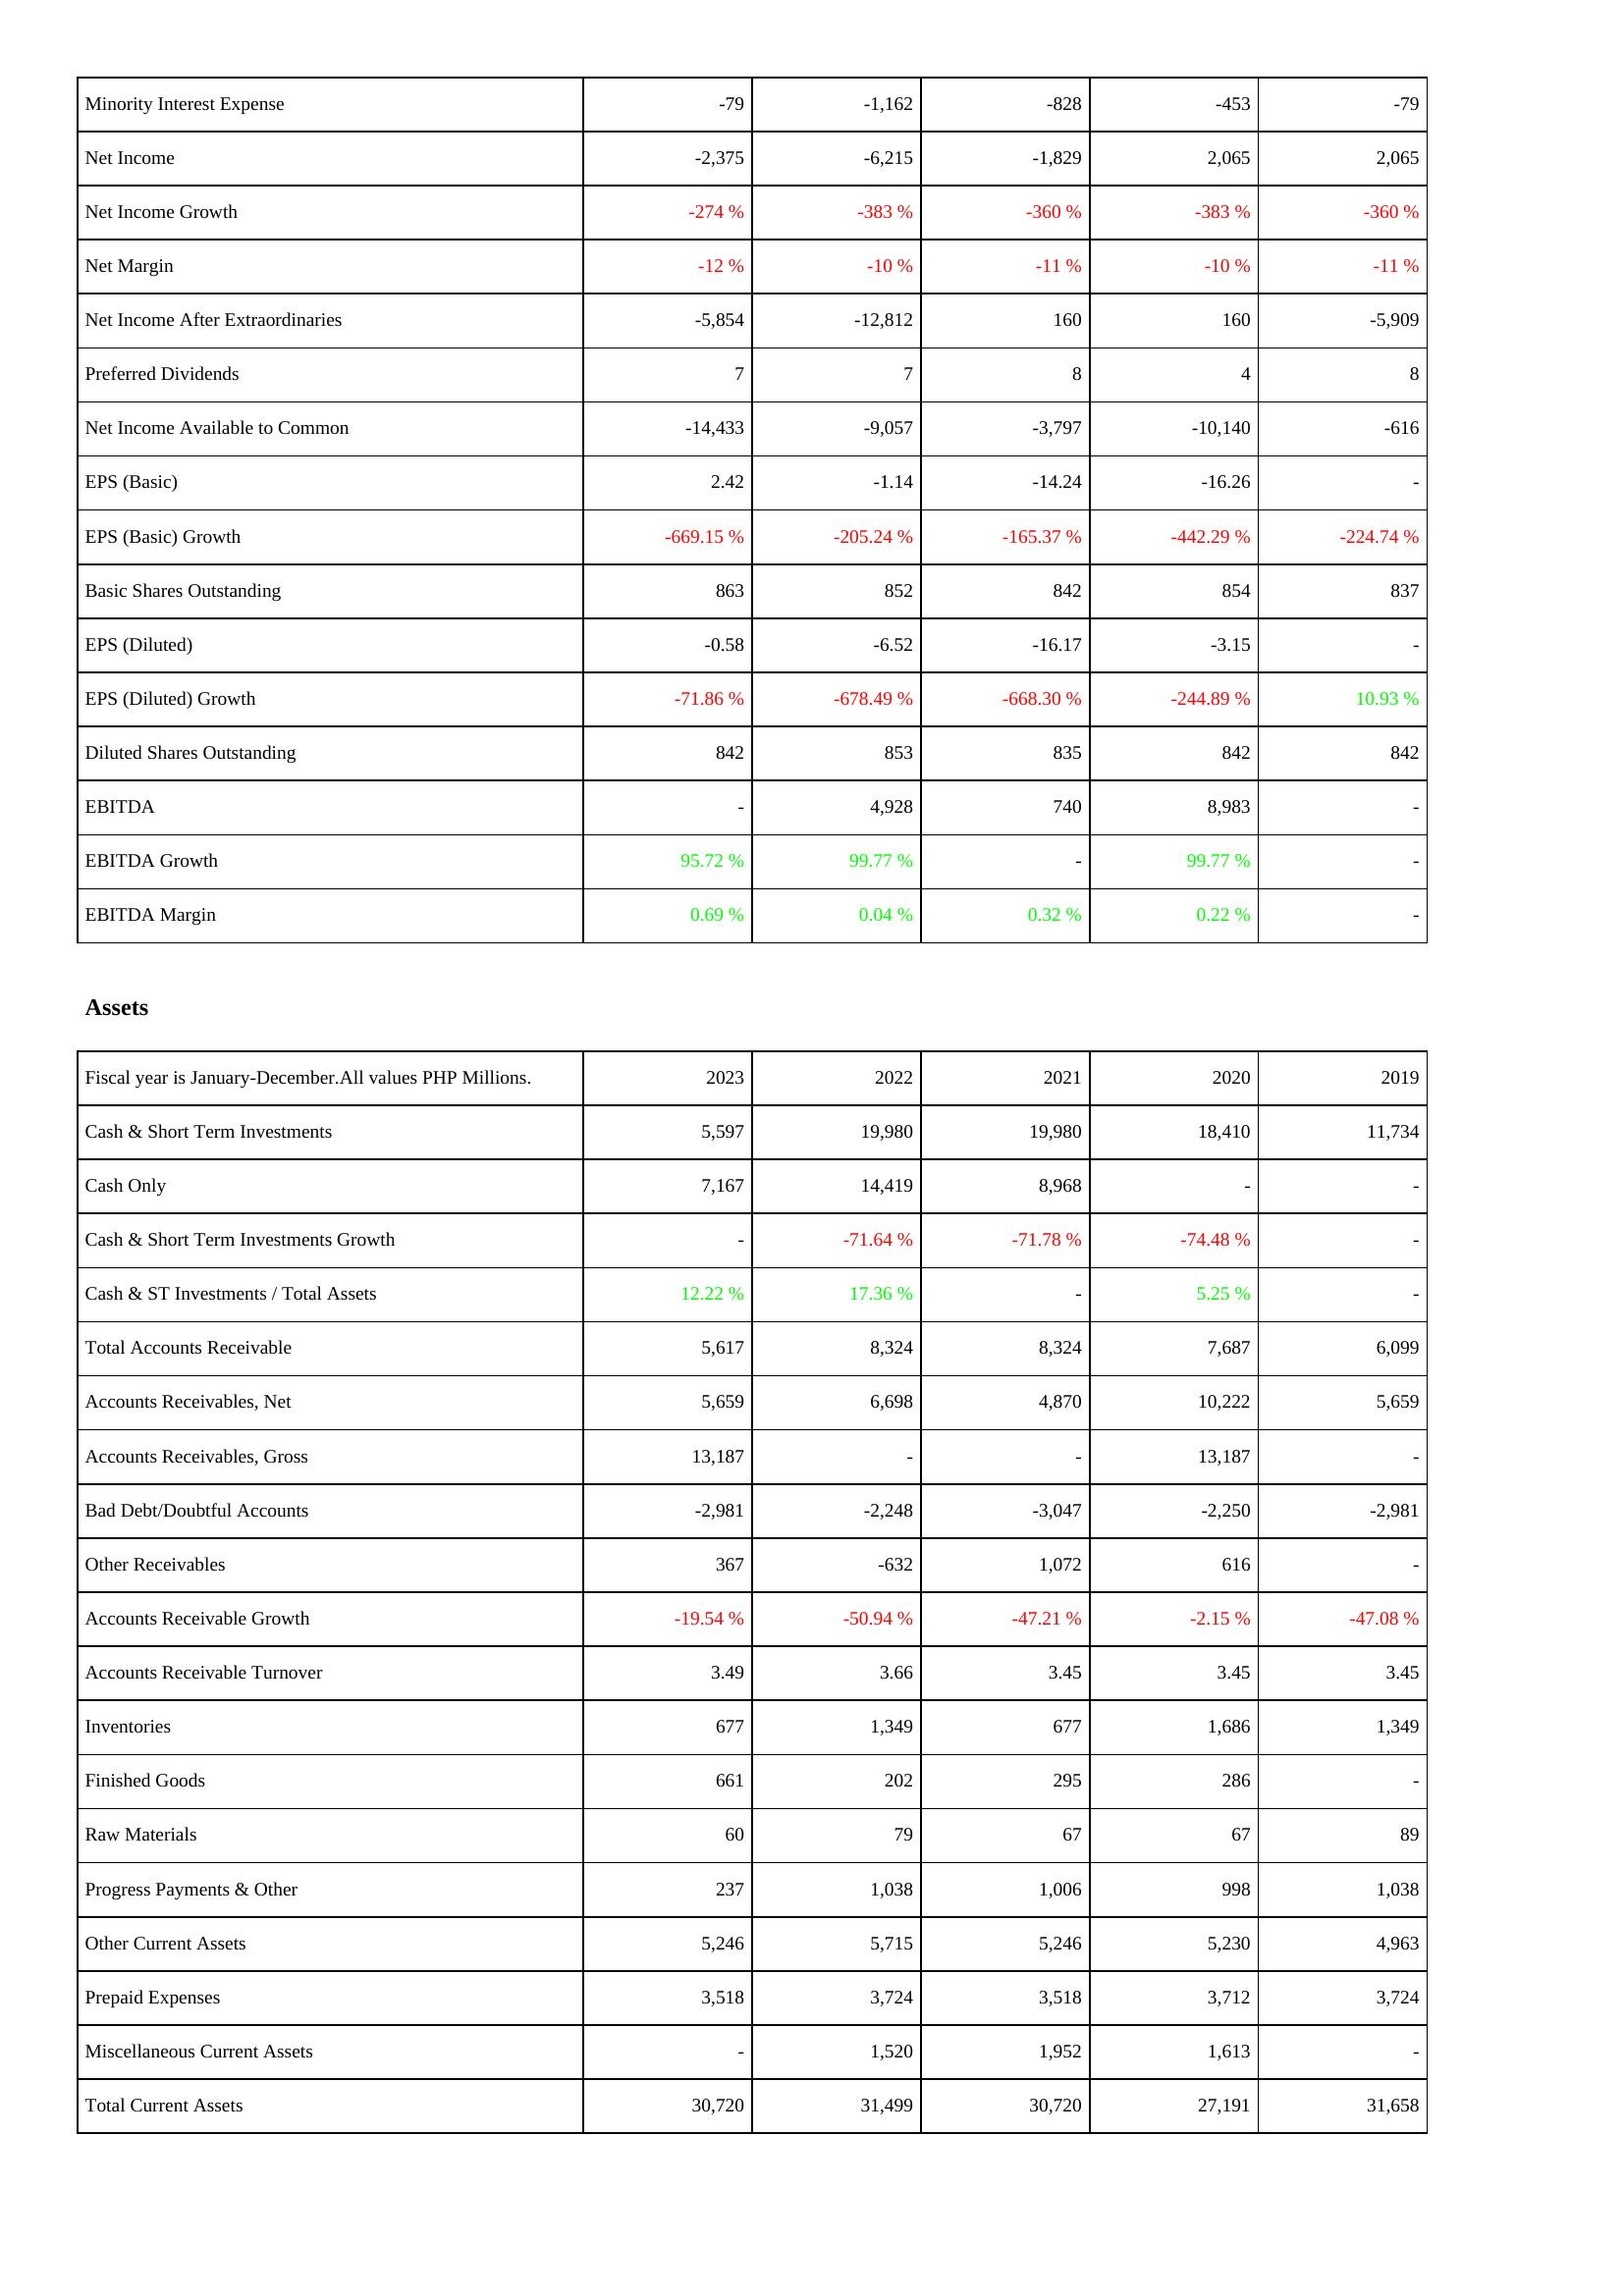
2023: Income Statement: Minority Interest Expense: -79
Net Income: -2,375
Net Income Growth: -274 %
Net Margin: -12 %
Net Income After Extraordinaries: -5,854
Preferred Dividends: 7
Net Income Available to Common: -14,433
EPS (Basic): 2.42
EPS (Basic) Growth: -669.15 %
Basic Shares Outstanding: 863
EPS (Diluted): -0.58
EPS (Diluted) Growth: -71.86 %
Diluted Shares Outstanding: 842
EBITDA: -
EBITDA Growth: 95.72 %
EBITDA Margin: 0.69 %
Assets: Cash & Short Term Investments: 5,597
Cash Only: 7,167
Cash & Short Term Investments Growth: -
Cash & ST Investments / Total Assets: 12.22 %
Total Accounts Receivable: 5,617
Accounts Receivables, Net: 5,659
Accounts Receivables, Gross: 13,187
Bad Debt/Doubtful Accounts: -2,981
Other Receivables: 367
Accounts Receivable Growth: -19.54 %
Accounts Receivable Turnover: 3.49
Inventories: 677
Finished Goods: 661
Raw Materials: 60
Progress Payments & Other: 237
Other Current Assets: 5,246
Prepaid Expenses: 3,518
Miscellaneous Current Assets: -
Total Current Assets: 30,720
2022: Income Statement: Minority Interest Expense: -1,162
Net Income: -6,215
Net Income Growth: -383 %
Net Margin: -10 %
Net Income After Extraordinaries: -12,812
Preferred Dividends: 7
Net Income Available to Common: -9,057
EPS (Basic): -1.14
EPS (Basic) Growth: -205.24 %
Basic Shares Outstanding: 852
EPS (Diluted): -6.52
EPS (Diluted) Growth: -678.49 %
Diluted Shares Outstanding: 853
EBITDA: 4,928
EBITDA Growth: 99.77 %
EBITDA Margin: 0.04 %
Assets: Cash & Short Term Investments: 19,980
Cash Only: 14,419
Cash & Short Term Investments Growth: -71.64 %
Cash & ST Investments / Total Assets: 17.36 %
Total Accounts Receivable: 8,324
Accounts Receivables, Net: 6,698
Accounts Receivables, Gross: -
Bad Debt/Doubtful Accounts: -2,248
Other Receivables: -632
Accounts Receivable Growth: -50.94 %
Accounts Receivable Turnover: 3.66
Inventories: 1,349
Finished Goods: 202
Raw Materials: 79
Progress Payments & Other: 1,038
Other Current Assets: 5,715
Prepaid Expenses: 3,724
Miscellaneous Current Assets: 1,520
Total Current Assets: 31,499
2021: Income Statement: Minority Interest Expense: -828
Net Income: -1,829
Net Income Growth: -360 %
Net Margin: -11 %
Net Income After Extraordinaries: 160
Preferred Dividends: 8
Net Income Available to Common: -3,797
EPS (Basic): -14.24
EPS (Basic) Growth: -165.37 %
Basic Shares Outstanding: 842
EPS (Diluted): -16.17
EPS (Diluted) Growth: -668.30 %
Diluted Shares Outstanding: 835
EBITDA: 740
EBITDA Growth: -
EBITDA Margin: 0.32 %
Assets: Cash & Short Term Investments: 19,980
Cash Only: 8,968
Cash & Short Term Investments Growth: -71.78 %
Cash & ST Investments / Total Assets: -
Total Accounts Receivable: 8,324
Accounts Receivables, Net: 4,870
Accounts Receivables, Gross: -
Bad Debt/Doubtful Accounts: -3,047
Other Receivables: 1,072
Accounts Receivable Growth: -47.21 %
Accounts Receivable Turnover: 3.45
Inventories: 677
Finished Goods: 295
Raw Materials: 67
Progress Payments & Other: 1,006
Other Current Assets: 5,246
Prepaid Expenses: 3,518
Miscellaneous Current Assets: 1,952
Total Current Assets: 30,720
2020: Income Statement: Minority Interest Expense: -453
Net Income: 2,065
Net Income Growth: -383 %
Net Margin: -10 %
Net Income After Extraordinaries: 160
Preferred Dividends: 4
Net Income Available to Common: -10,140
EPS (Basic): -16.26
EPS (Basic) Growth: -442.29 %
Basic Shares Outstanding: 854
EPS (Diluted): -3.15
EPS (Diluted) Growth: -244.89 %
Diluted Shares Outstanding: 842
EBITDA: 8,983
EBITDA Growth: 99.77 %
EBITDA Margin: 0.22 %
Assets: Cash & Short Term Investments: 18,410
Cash Only: -
Cash & Short Term Investments Growth: -74.48 %
Cash & ST Investments / Total Assets: 5.25 %
Total Accounts Receivable: 7,687
Accounts Receivables, Net: 10,222
Accounts Receivables, Gross: 13,187
Bad Debt/Doubtful Accounts: -2,250
Other Receivables: 616
Accounts Receivable Growth: -2.15 %
Accounts Receivable Turnover: 3.45
Inventories: 1,686
Finished Goods: 286
Raw Materials: 67
Progress Payments & Other: 998
Other Current Assets: 5,230
Prepaid Expenses: 3,712
Miscellaneous Current Assets: 1,613
Total Current Assets: 27,191
2019: Income Statement: Minority Interest Expense: -79
Net Income: 2,065
Net Income Growth: -360 %
Net Margin: -11 %
Net Income After Extraordinaries: -5,909
Preferred Dividends: 8
Net Income Available to Common: -616
EPS (Basic): -
EPS (Basic) Growth: -224.74 %
Basic Shares Outstanding: 837
EPS (Diluted): -
EPS (Diluted) Growth: 10.93 %
Diluted Shares Outstanding: 842
EBITDA: -
EBITDA Growth: -
EBITDA Margin: -
Assets: Cash & Short Term Investments: 11,734
Cash Only: -
Cash & Short Term Investments Growth: -
Cash & ST Investments / Total Assets: -
Total Accounts Receivable: 6,099
Accounts Receivables, Net: 5,659
Accounts Receivables, Gross: -
Bad Debt/Doubtful Accounts: -2,981
Other Receivables: -
Accounts Receivable Growth: -47.08 %
Accounts Receivable Turnover: 3.45
Inventories: 1,349
Finished Goods: -
Raw Materials: 89
Progress Payments & Other: 1,038
Other Current Assets: 4,963
Prepaid Expenses: 3,724
Miscellaneous Current Assets: -
Total Current Assets: 31,658